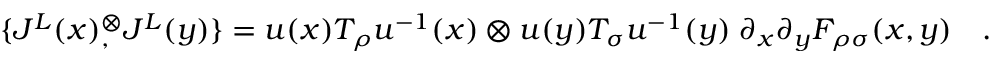
\{ J ^ { L } ( x ) { } _ { , } ^ { \otimes } J ^ { L } ( y ) \} = u ( x ) T _ { \rho } u ^ { - 1 } ( x ) \otimes u ( y ) T _ { \sigma } u ^ { - 1 } ( y ) \; \partial _ { x } \partial _ { y } { \cal F } _ { \rho \sigma } ( x , y ) \quad .